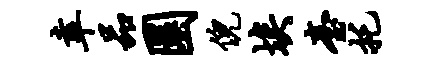
幸品圜倪埃台托